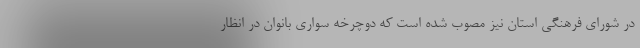
در شورای فرهنگی استان نیز مصوب شده است که دوچرخه سواری بانوان در انظار